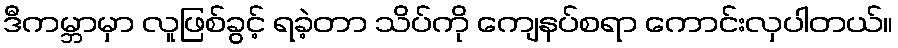
ဒီကမ္ဘာမှာ လူဖြစ်ခွင့် ရခဲ့တာ သိပ်ကို ကျေနပ်စရာ ကောင်းလှပါတယ်။